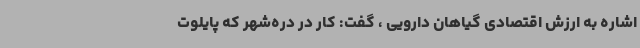
اشاره به ارزش اقتصادی گیاهان دارویی ، گفت: کار در دره‌شهر که پایلوت